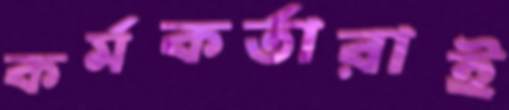
কর্মকর্তারাই